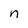
Character: n